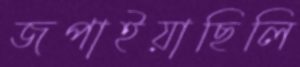
জপাইয়াছিলি